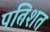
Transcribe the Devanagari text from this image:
पतिशत